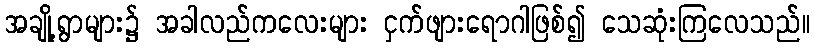
အချို့ရွာများ၌ အခါလည်ကလေးများ ငှက်ဖျားရောဂါဖြစ်၍ သေဆုံးကြလေသည်။